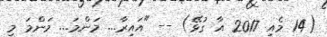
(14 މެއި 2017 އާ ގުޅޭ) -- "އައިރާ... މަންމަ... މަންމަ މި